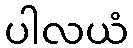
ပါလယံ